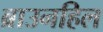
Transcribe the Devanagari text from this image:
ब्राउनहिल